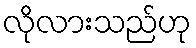
လိုလားသည်ဟု